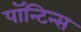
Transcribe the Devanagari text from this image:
पॉन्टिन्स